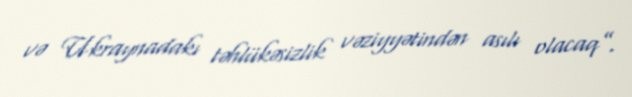
və Ukraynadakı təhlükəsizlik vəziyyətindən asılı olacaq”.